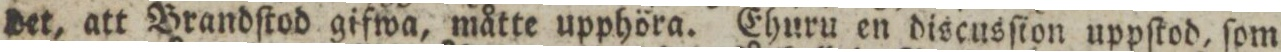
det, att Brandſtod gifwa, måtte upphöra. Ehuru en discusſion uppſtod, ſom